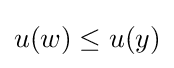
u(w)\leq u(y)